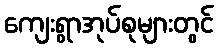
ကျေးရွာအုပ်စုများတွင်